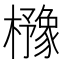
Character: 櫲